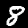
Digit: 8